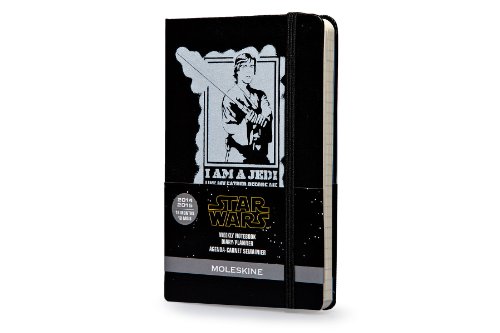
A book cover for Moleskine 2014-2015 Star Wars Limited Edition Weekly Notebook, 18M, Pocket, Black, Hard Cover (3.5 x 5.5) (Moleskine Star Wars); Moleskine; Calendars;